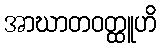
အာဃာတဝတ္ထူဟိ